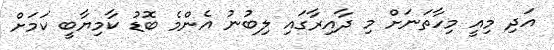
އަދި މިއީ މިހާތަނަށް މި ދާއިރާގައި ލިބުނު އެންމެ ބޮޑު ކާމިޔާބީ ކަމަށް